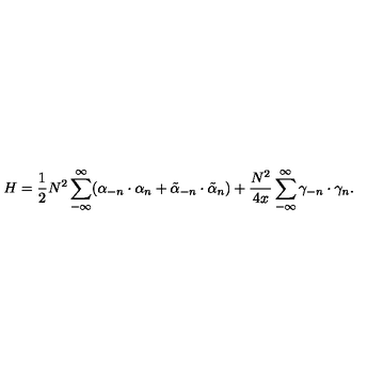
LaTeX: H = \frac { 1 } { 2 } N ^ { 2 } \sum _ { - \infty } ^ { \infty } ( \alpha _ { - n } \cdot \alpha _ { n } + \tilde { \alpha } _ { - n } \cdot \tilde { \alpha } _ { n } ) + \frac { N ^ { 2 } } { 4 x } \sum _ { - \infty } ^ { \infty } \gamma _ { - n } \cdot \gamma _ { n } .